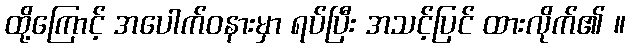
ထို့ကြောင့် အပေါက်ဝနားမှာ ရပ်ပြီး အသင့်ပြင် ထားလိုက်၏ ။